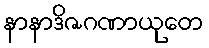
နာနာဒိဇဂဏာယုတေ